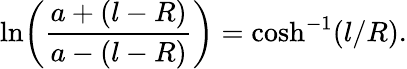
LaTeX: \ln\! \left(\frac{a+(l-R)}{a-(l-R)}\right)=\cosh^{-1}(l/R).